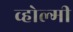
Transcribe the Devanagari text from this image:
व्होल्मी